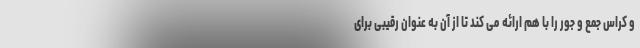
و کراس جمع و جور را با هم ارائه می کند تا از آن به عنوان رقیبی برای